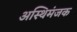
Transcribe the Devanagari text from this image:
अस्थिमंजक